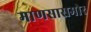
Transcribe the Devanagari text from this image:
माणसासमोर